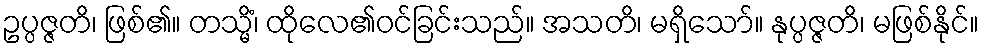
ဥပ္ပဇ္ဇတိ၊ ဖြစ်၏။ တသ္မိံ၊ ထိုလေ၏ဝင်ခြင်းသည်။ အသတိ၊ မရှိသော်။ နုပ္ပဇ္ဇတိ၊ မဖြစ်နိုင်။